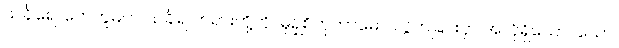
သင်္ခါရေ၊ တေဘူမက သင်္ခါရ တရားတို့ကို။ မုဉှစိတုကာမော၊ လွတ်ခြင်းငှာ အလိုရှိသော။ သော၊